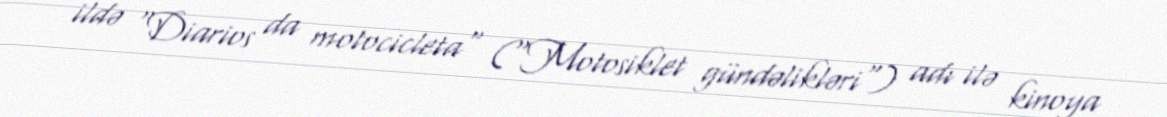
ildə "Diarios da motocicleta" ("Motosiklet gündəlikləri") adı ilə kinoya